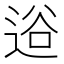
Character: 逧